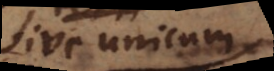
sive unicum